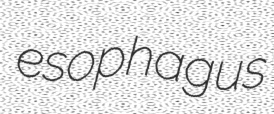
esophagus